kultuurilooline_kollektsioon, lk 15
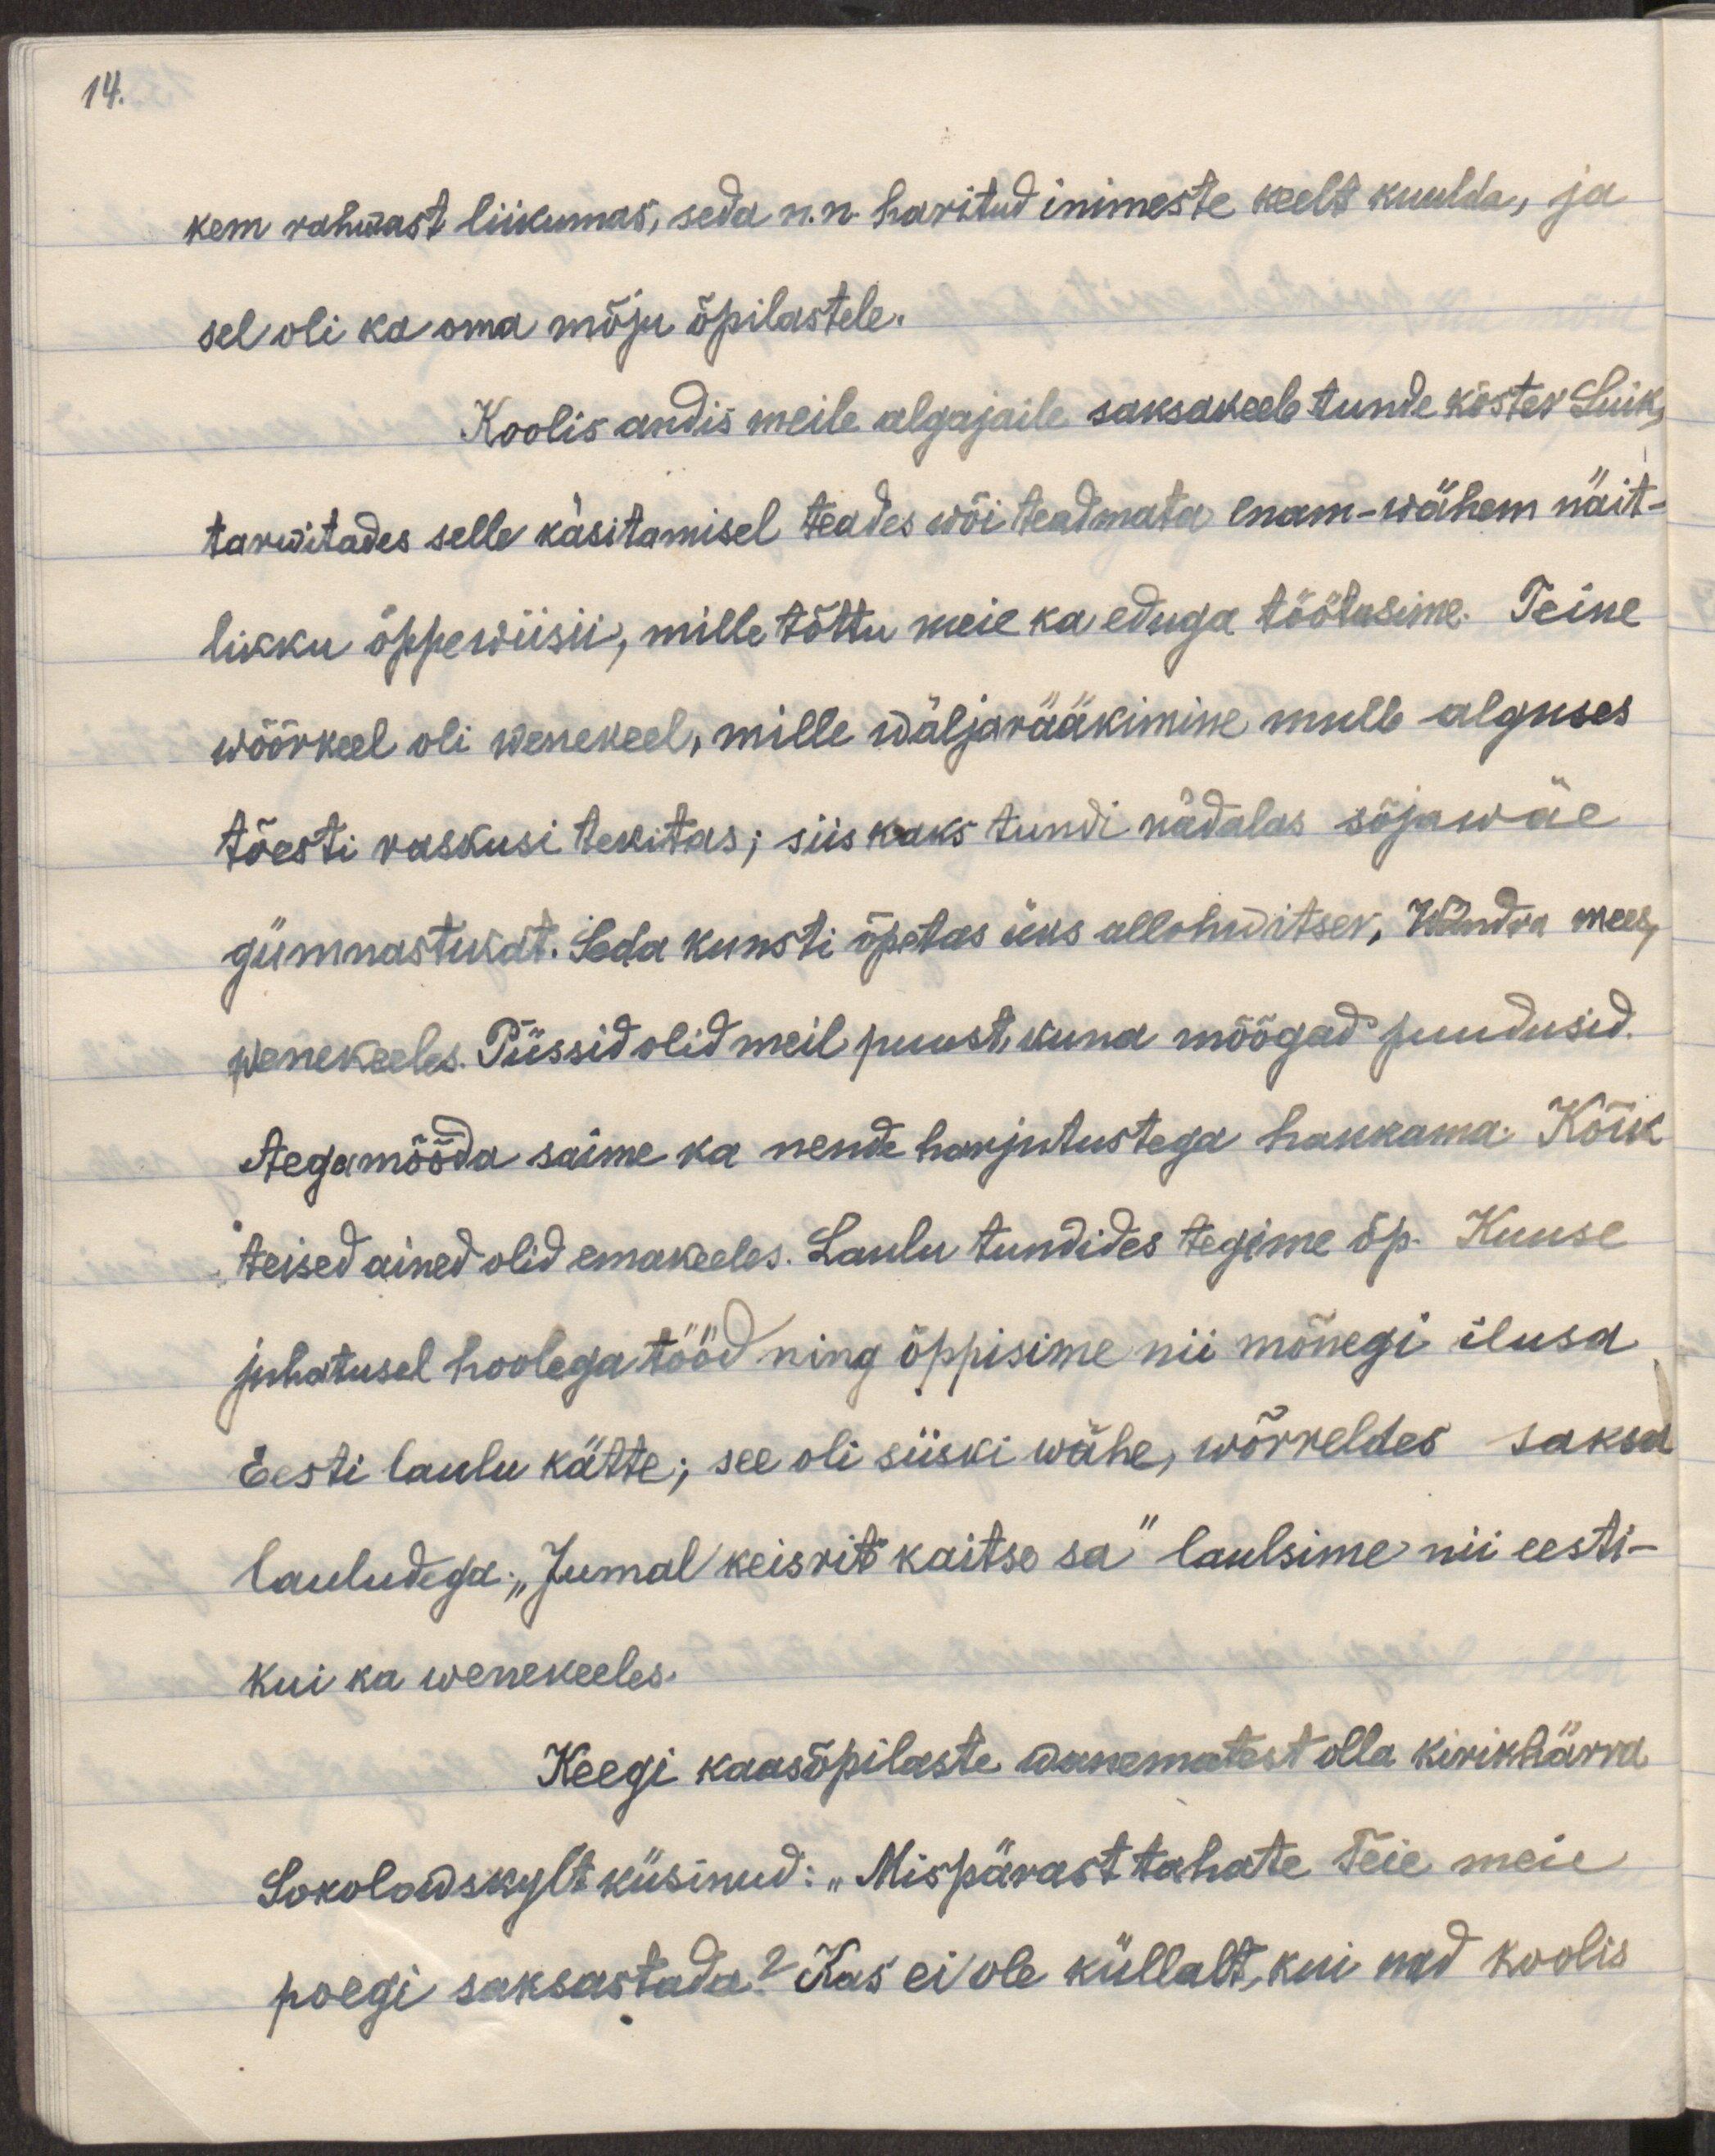
14.

kem rahvast liikumas, seda n.n haritud inimeste keelt kuulda, ja
sel oli ka oma mõju õpilastele.
Koolis andis meile algajaile saksakeele tunde köster Luik
tarwitades selle käsitamisel teades või teadmata enam-vähem näit-
likku õppewiisi, mille tõttu meie ka eluga töötasime. Teine
wõõrkeel oli wenekeel, mille wäljarääkimine mulle alguses
tõesti raskusi tekitas, siis kaks tundi nädalas sõjawäe
gümmastikat. Seda kunsti õpetas üks allohvitser, Wändra mees,
wenekeeles. Püssid olid meil puust, kuna mõõgad puudusid.
Aegamõõda saime ka nende harjutustega hakkama. Kõik
teised ained olid emakeeles. Laulu tundides tegime õp. Kuuse
juhatusel hoolega tööd ning õppisime nii mõnegi ilusa
Eesti laulu kätte; see ei oli siiski wähe, wõrreldes saksa
lauludega. "Jumal keisrit kaitse sa" laulsime nii eesti
kui ka wenekeeles.
Keegi kaasõpilaste wanematest olla kirikhärra
Sokolowskylt küsinud: "Mispärast tahate Teie meie
poegi saksastada? Kas ei ole küllalt, kui nad koolis